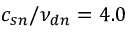
c _ { s n } / { \nu _ { d n } } = 4 . 0